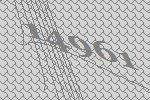
14961